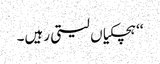
‘‘ ہچکیاں لیتی رہیں۔